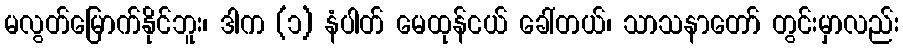
မလွတ်မြောက်နိုင်ဘူး၊ ဒါက (၁) နံပါတ် မေထုန်ငယ် ခေါ်တယ်၊ သာသနာတော် တွင်းမှာလည်း